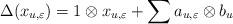
LaTeX: \begin{align*} \Delta(x_{u, \varepsilon}) & = 1\otimes x_{u, \varepsilon} + \sum a_{u, \varepsilon} \otimes b_u \end{align*}